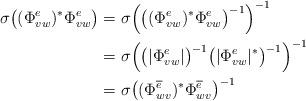
LaTeX: \begin{align*} \sigma\big((\Phi^e_{vw})^*\Phi^e_{vw}\big) &= \sigma\Big(\big((\Phi^e_{vw})^*\Phi^e_{vw}\big)^{-1} \Big)^{-1}\\ &= \sigma\Big( \big(|\Phi^e_{vw}|\big)^{-1} \big(|\Phi^e_{vw}|^* \big)^{-1}\Big)^{-1}\\ &= \sigma\big( (\Phi^{\overline{e}}_{wv})^* \Phi^{\overline{e}}_{wv} \big)^{-1}\end{align*}